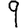
Digit: 9